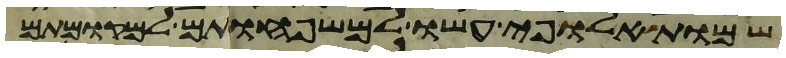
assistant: שמות אלופי עשו למשפחותם למקומותם